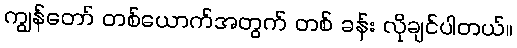
ကျွန်တော် တစ်ယောက်အတွက် တစ် ခန်း လိုချင်ပါတယ်။